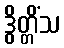
ဒွိတ္တိံသ